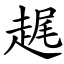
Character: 趘